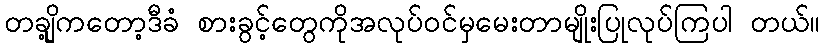
တချို့ကတော့ဒီခံ စားခွင့်တွေကိုအလုပ်ဝင်မှမေးတာမျိုးပြုလုပ်ကြပါ တယ်။